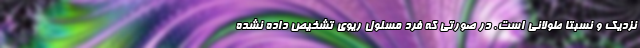
نزدیک و نسبتا طولانی است. در صورتی که فرد مسلول ریوی تشخیص داده نشده